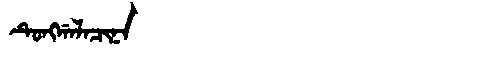
Manchu: ᡨᡠᠩᡤᠠᠯᠠᠴᡳᠨᠠ
Romanization: TUNGGALACINA